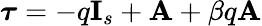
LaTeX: \boldsymbol{\tau}=-q\mathbf{I}_{s}+\mathbf{A}+\beta q\mathbf{A}